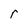
Character: r